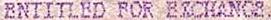
ENTITLED FOR EXCHANGE.